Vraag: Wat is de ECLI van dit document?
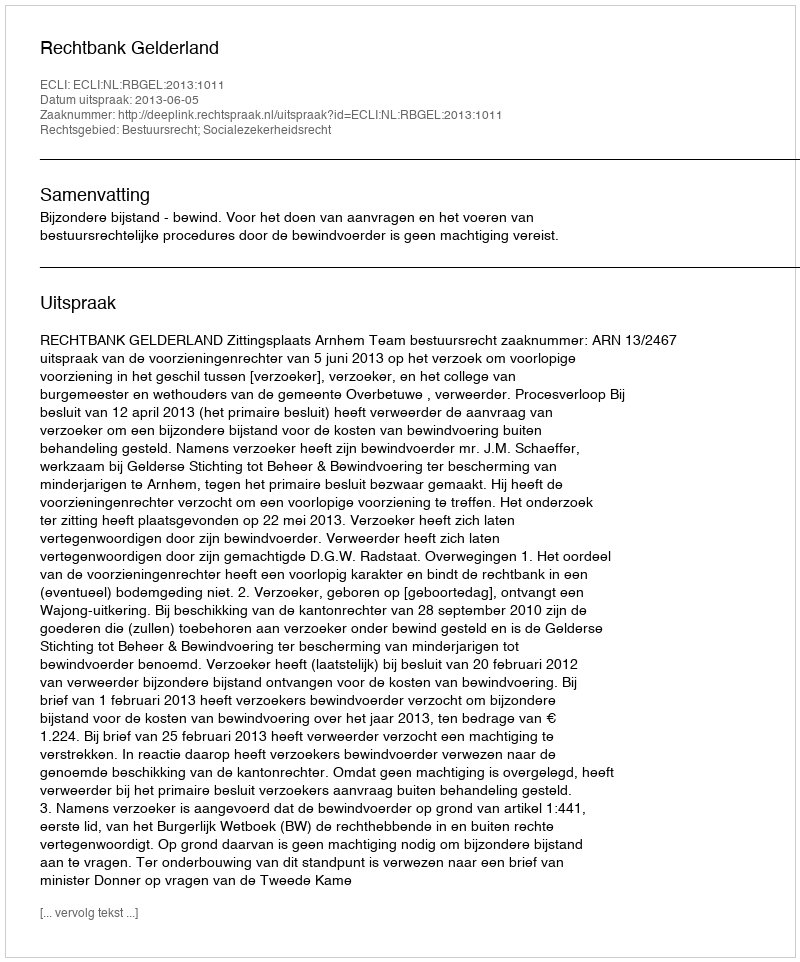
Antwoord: ECLI:NL:RBGEL:2013:1011